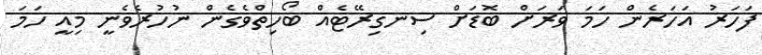
ފަހަރު އަހަރެން ހަމަ ވަރަށް ބޮޑަށް ސިނގިރޭޓެއް ބޯހިތްވެގެން ނުހުރެވެނީ މިއީ ހަމަ